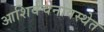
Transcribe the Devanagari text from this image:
आशिर्वचनावस्थेत